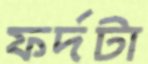
ফর্দটা